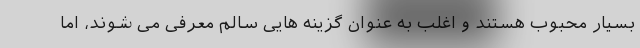
بسیار محبوب هستند و اغلب به عنوان گزینه هایی سالم معرفی می شوند، اما